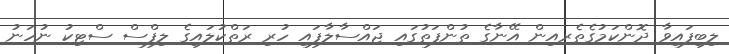
ލިބިފައިވާ ދޮންކަމުގެތެރއިން އޭނާގެ ތުންފަތުގައި ޖައްސާލާފައި ހުރި ރަތްކުލައިގެ ލިފްސް ސްޓިކު ނުހަނު